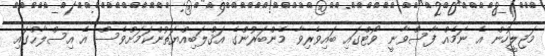
މަޖިލީހުން އެ ނަމެއް ފާސްވާނީ ވޯޓްގައި ބައިވެރިވާ މެންބަރުންގެ އަޤްލަބިއްޔަތުންކަމަށްވެސް އެ އިސްލާޙްގައި